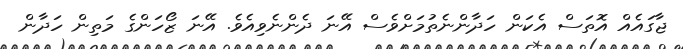
ޖާގައެއް އޮތަސް އެކަން ހަދާންނެތުމަށްވެސް އޭނަ ދެންނެވިއެވެ. އޭނަ ޒޯހަންގެ މަތިން ހަދާން